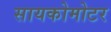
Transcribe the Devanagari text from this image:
सायकोमोटर